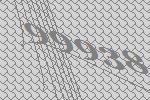
99938